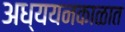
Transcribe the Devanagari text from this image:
अध्ययनकाळात